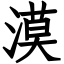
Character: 漠